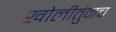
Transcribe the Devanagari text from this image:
खोलीतुंनच